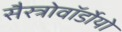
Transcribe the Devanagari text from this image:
सैस्त्रोवॉर्डोयो